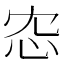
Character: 𢗐